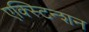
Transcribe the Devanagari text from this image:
एक्स्टिन्शन